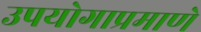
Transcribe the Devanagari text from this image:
उपयोगाप्रमाणे